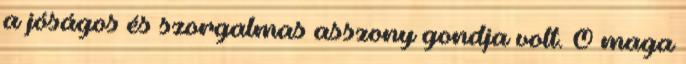
a jóságos és szorgalmas asszony gondja volt. Ő maga